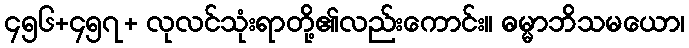
၄၅၆+၄၅၇+ လုလင်သုံးရာတို့၏လည်းကောင်း။ ဓမ္မာဘိသမယော၊